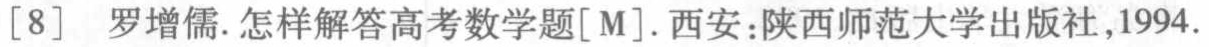
[8] 罗增儒. 怎样解答高考数学题[M]. 西安:陕西师范大学出版社,1994.